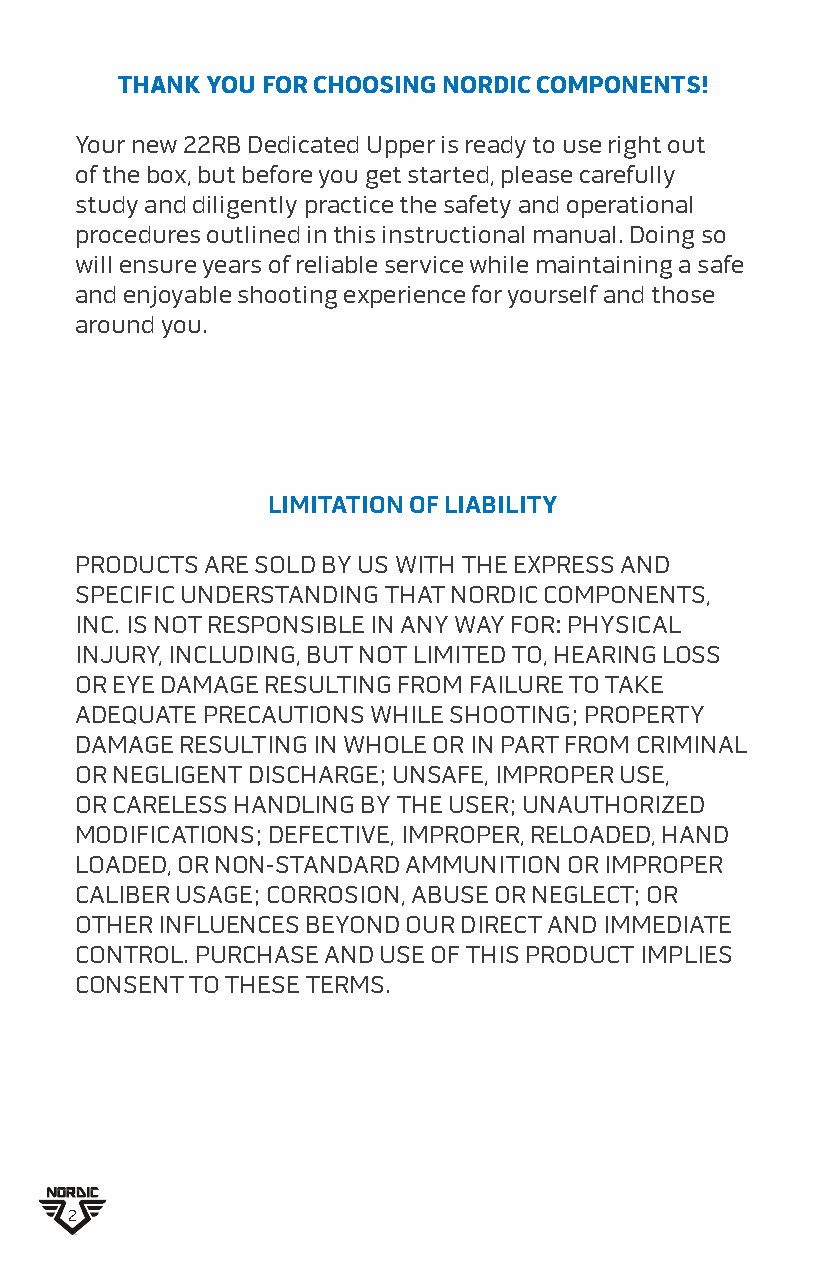
THANK YOU FOR CHOOSING NORDIC COMPONENTS!
 Your new 22RB Dedicated Upper is ready to use right out
 of the box, but before you get started, please carefully
 study and diligently practice the safety and operational
 procedures outlined in this instructional manual. Doing so
 will ensure years of reliable service while maintaining a safe
 and enjoyable shooting experience for yourself and those
 around you.
 LIMITATION OF LIABILITY
 PRODUCTS ARE SOLD BY US WITH THE EXPRESS AND
 SPECIFIC UNDERSTANDING THAT NORDIC COMPONENTS,
 INC. IS NOT RESPONSIBLE IN ANY WAY FOR: PHYSICAL
 INJURY, INCLUDING, BUT NOT LIMITED TO, HEARING LOSS
 OR EYE DAMAGE RESULTING FROM FAILURE TO TAKE
 ADEQUATE PRECAUTIONS WHILE SHOOTING; PROPERTY
 DAMAGE RESULTING IN WHOLE OR IN PART FROM CRIMINAL
 OR NEGLIGENT DISCHARGE; UNSAFE, IMPROPER USE,
 OR CARELESS HANDLING BY THE USER; UNAUTHORIZED
 MODIFICATIONS; DEFECTIVE, IMPROPER, RELOADED, HAND
 LOADED, OR NON-STANDARD AMMUNITION OR IMPROPER
 CALIBER USAGE; CORROSION, ABUSE OR NEGLECT; OR
 OTHER INFLUENCES BEYOND OUR DIRECT AND IMMEDIATE
 CONTROL. PURCHASE AND USE OF THIS PRODUCT IMPLIES
 CONSENT TO THESE TERMS.
 2